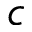
c